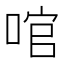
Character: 𠴨